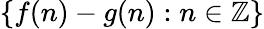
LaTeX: \{ f(n)-g(n):n\in\mathbb{Z}\}